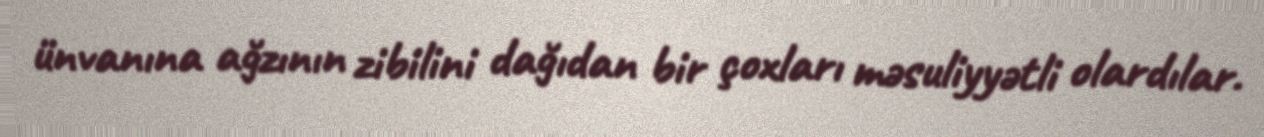
ünvanına ağzının zibilini dağıdan bir çoxları məsuliyyətli olardılar.